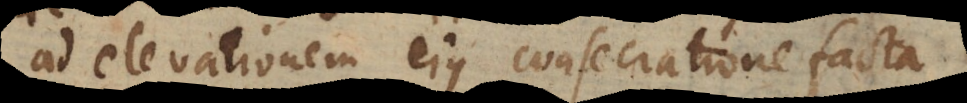
ad elevationem ejus consecratione facta